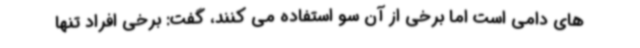
های دامی است اما برخی از آن سو استفاده می کنند، گفت: برخی افراد تنها